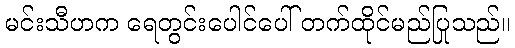
မင်းသီဟက ရေတွင်းပေါင်ပေါ် တက်ထိုင်မည်ပြုသည်။